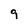
Character: 9